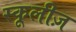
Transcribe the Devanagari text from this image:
स्कूलीज़